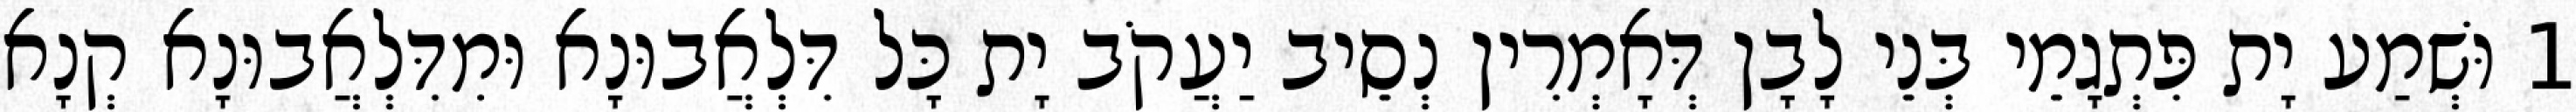
1 וּשְׁמַע יָת פִּתְגָמֵי בְּנֵי לָבָן דְּאָמְרִין נְסֵיב יַעֲקֹב יָת כָּל דִּלְאֲבוּנָא וּמִדִּלְאֲבוּנָא קְנָא